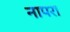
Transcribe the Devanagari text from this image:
नापरा